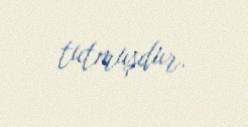
tutmuşdur.